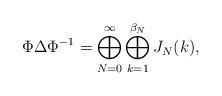
LaTeX: \begin{align*}\Phi \Delta \Phi^{-1}=\bigoplus_{N=0}^{\infty} \bigoplus_{k=1}^{\beta_N} J_N(k),\end{align*}